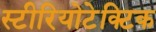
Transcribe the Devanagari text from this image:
स्टीरियोटेक्टिक